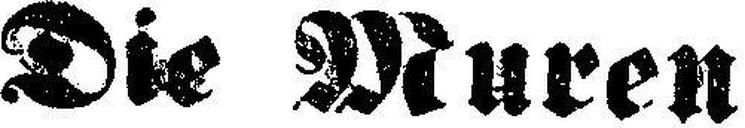
Die Muren